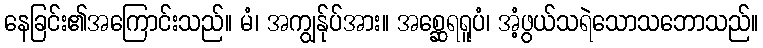
နေခြင်း၏အကြောင်းသည်။ မံ၊ အကျွန်ုပ်အား။ အစ္ဆေရရူပံ၊ အံ့ဖွယ်သရဲသောသဘောသည်။